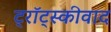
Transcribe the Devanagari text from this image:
ट्रॉट्स्कीवाद